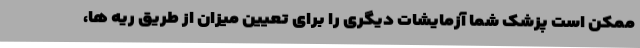
ممکن است پزشک شما آزمایشات دیگری را برای تعیین میزان از طریق ریه ها،